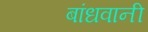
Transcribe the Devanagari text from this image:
बांधवानी